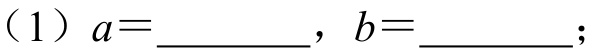
(1) \(a = \underline{\quad\quad}\), \(b = \underline{\quad\quad}\);